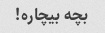
بچه بیچاره!